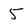
Character: 5